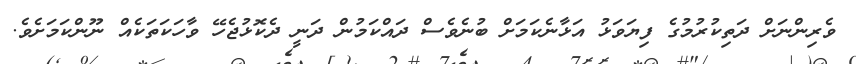
ވެރިންނަށް ދަތިކުރުމުގެ ފިޔަވަޅު އަޅާނެކަމަށް ބުނެވެސް ދައްކަމުން ދަނީ ދެކޮޅުޖެހޭ ވާހަކަތަކެއް ނޫންކަމަށެވެ.